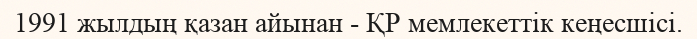
1991 жылдың қазан айынан - ҚР мемлекеттік кеңесшісі.